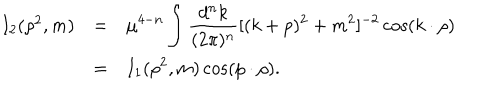
\begin{array} { r c l } { { I _ { 2 } ( \rho ^ { 2 } , m ) } } & { { = } } & { { \displaystyle \mu ^ { 4 - n } \int \frac { d ^ { n } k } { ( 2 \pi ) ^ { n } } [ ( k + p ) ^ { 2 } + m ^ { 2 } ] ^ { - 2 } \cos ( k \cdot \rho ) } } \\ { { } } & { { = } } & { { \displaystyle I _ { 1 } ( \rho ^ { 2 } , m ) \cos ( p \cdot \rho ) . } } \\ \end{array}